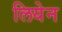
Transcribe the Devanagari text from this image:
लियेन